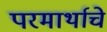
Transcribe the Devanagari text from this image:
परमार्थाचे